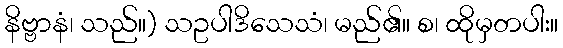
နိဗ္ဗာနံ၊ သည်။) သဥပါဒိသေသံ၊ မည်၏။ စ၊ ထိုမှတပါး။